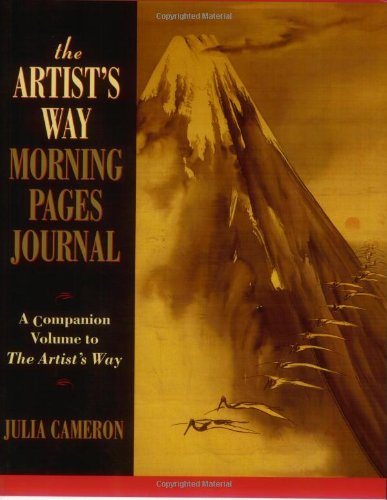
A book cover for The Artist's Way Morning Pages Journal; Julia Cameron; Self-Help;